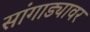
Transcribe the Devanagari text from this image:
सांगाड्यावर